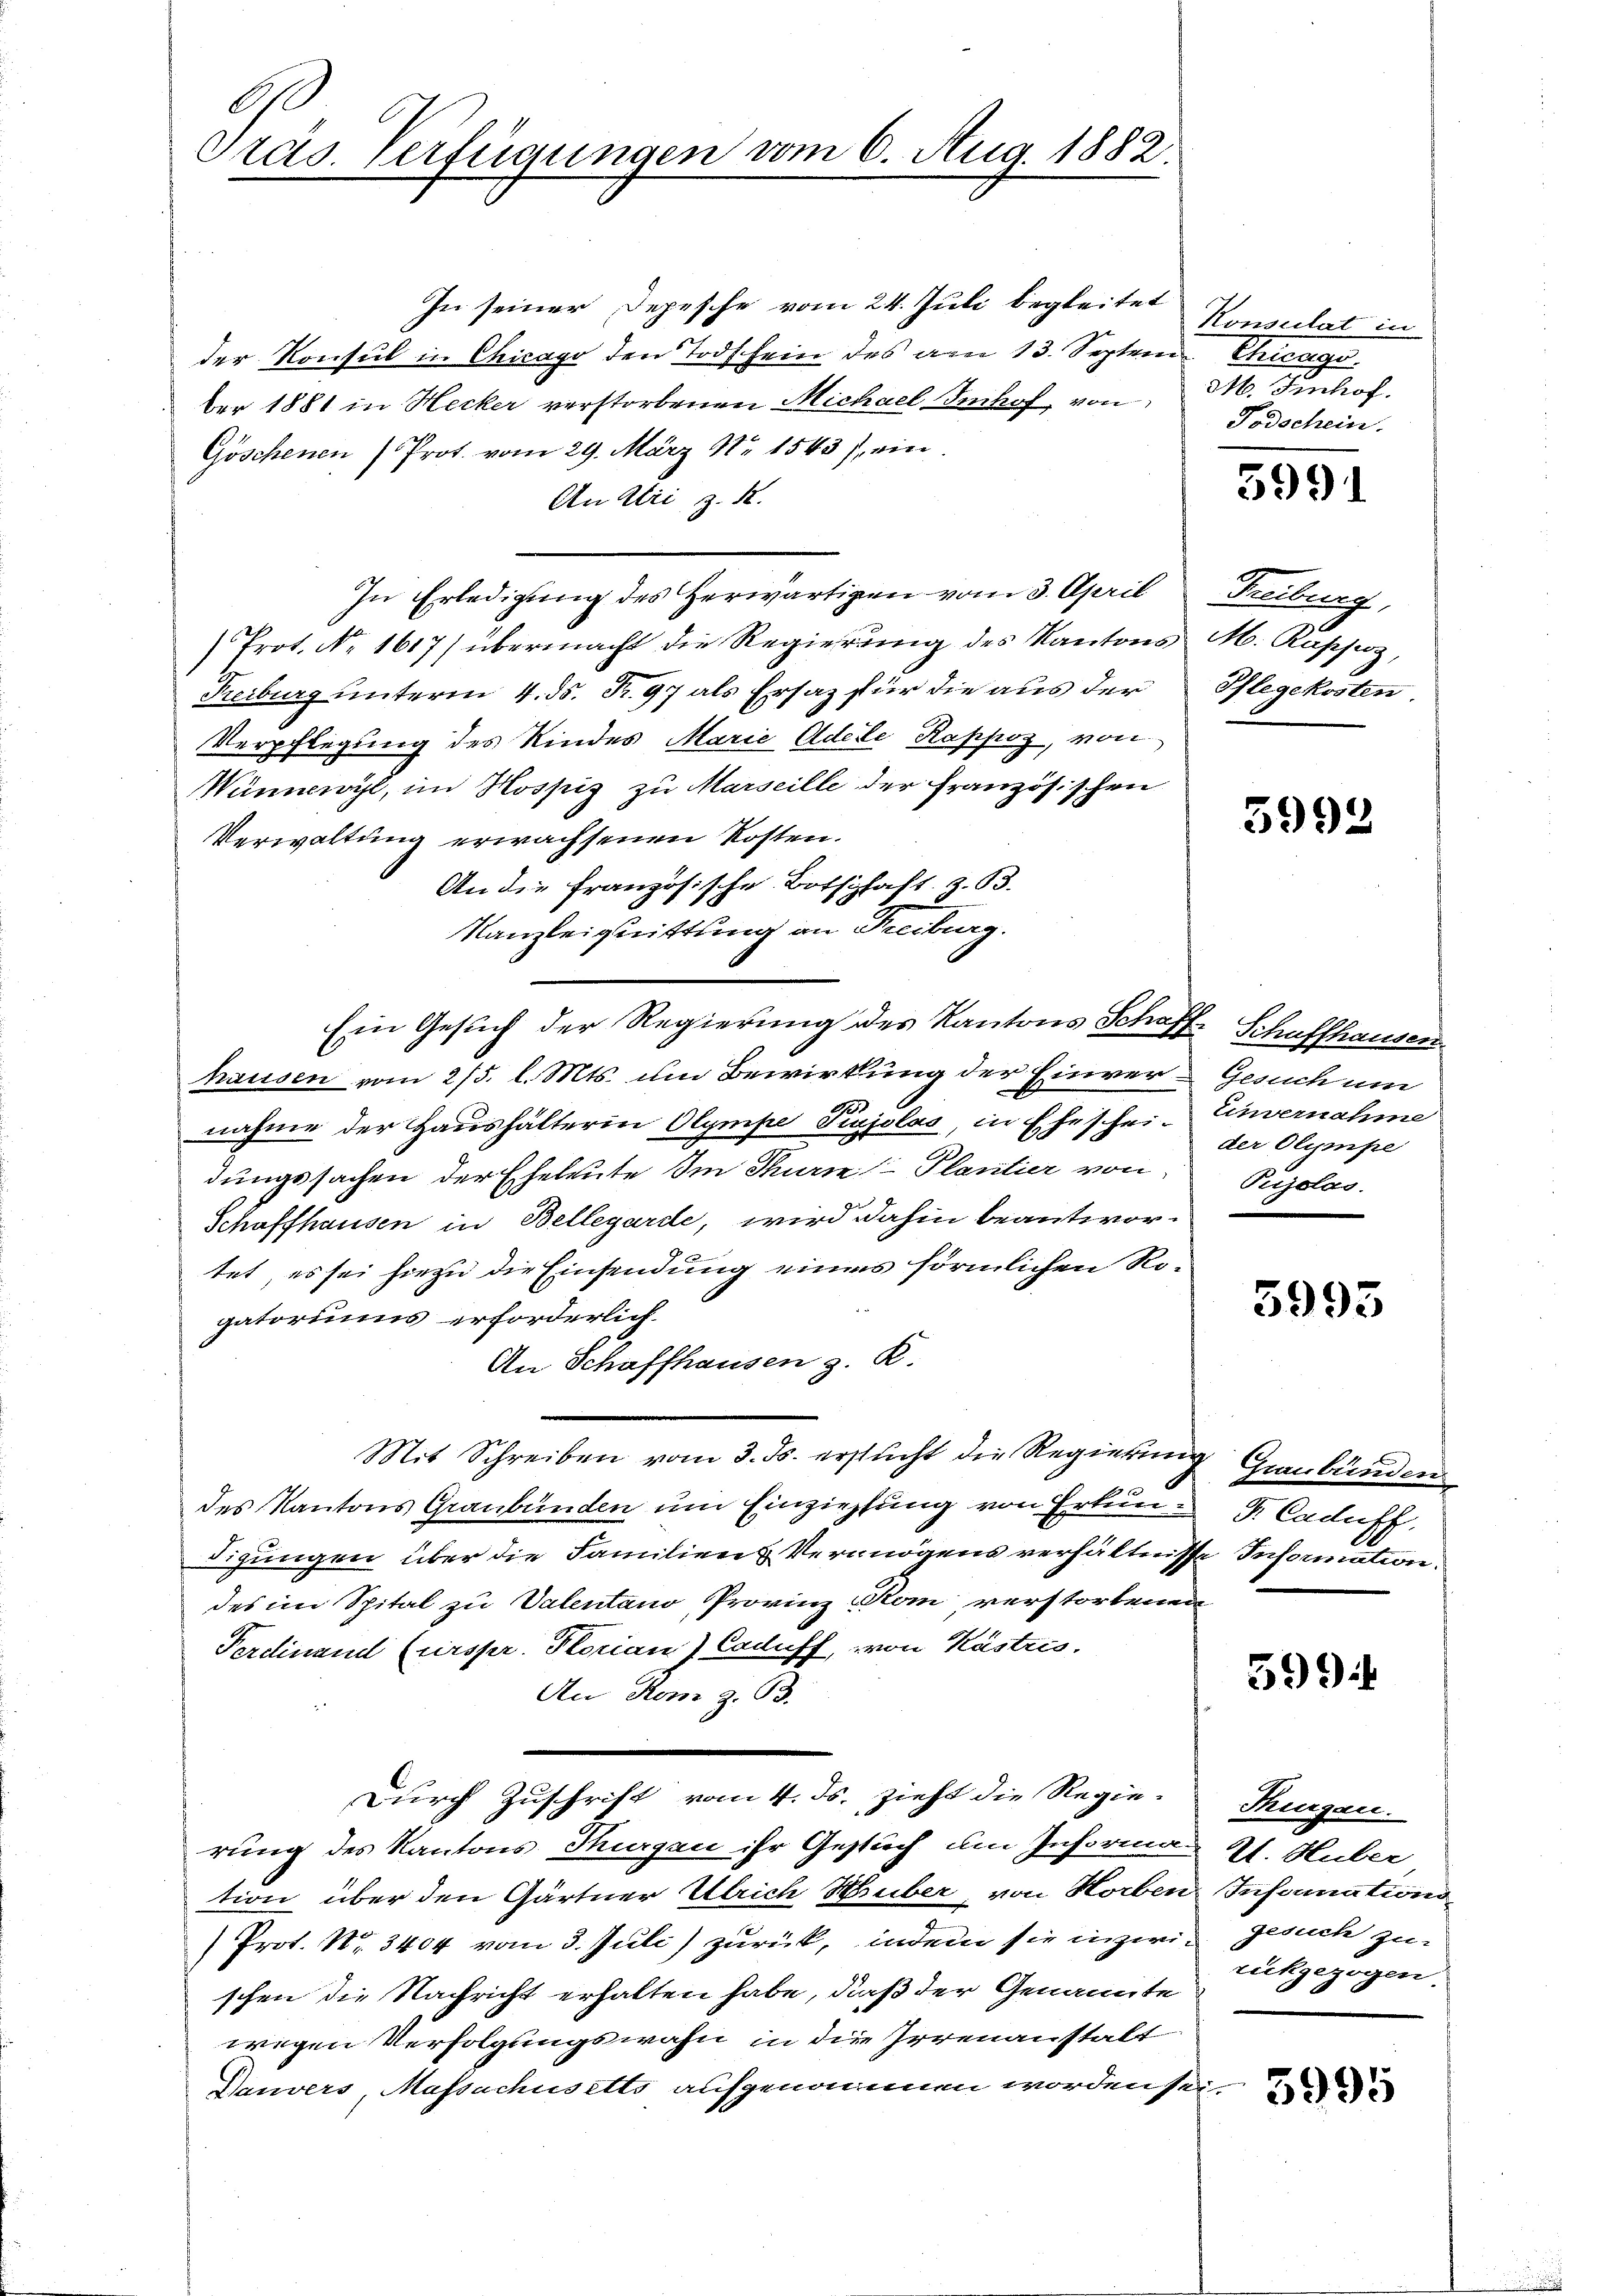
A.
Präs. Verfügungen vom 6. Aug. 1882.

In seiner Depesche vom 24. Juli begleitet
der Konsul in Chicago den Todschein des am 13. Septem
ber 1881 in Hecker verstorbenen Michael Imhof, von
Göschenen Prot. vom 29. März Nr. 1543), ein
An Uri z. R.
In Erledigung des Herwärtigen vom 3. April Freiburg,
Prot. Nr. 1617) übermacht die Regierung des Kantons M. Rapsiz,
Reiburg unterm 4. ds. R. 97 als Ersaz für die aus der Pflegekosten
Verpflegung des Kindes Marie Adelle Kappoz, von
Wünnwyl, im Hospiz zu Marseille der französischen
Verwaltung erwachsenen Kosten.
An die Französische Botschaft z. B.
Kanzleiquittung an Freiburg.
Ein Gesuch der Regierung des Kantons Schaffe Schaffhausen
hausen vom 2/5. l. Mts. um Bewirkung der Einver-Gesuch um
nahme der Haushälterin Olympe Pinjolas, in Eheschei- Einvernahme
dungssachen der Eheleute Im Thurie Plantier von Prolos.
Schaffhausen in Bellegarde, wird dahin beantwortet, es sei hiezu die Einsendung eines förmlichen Rogatoriums erforderlich
An Schaffhausen z. R.
Mit Schreiben vom 3. ds. ersucht die Regierung Graubünden
des Kantons Graubünden um Einziehung von Erkun- F. Cadus.
digungen über die Familien Vermögens verhältnisse Information.
des im Spital zu Valentano Provinz Rom, verstorbenen
Ferdinand (urspr. Florian) Caduff, von Kästrés.
An Rom z. B.
Durch Zuschrift vom 4. ds. zieht die Regie-
rung des Kantons Thurgau ihr Gesuch am Informann Hs. Huber
tion über den Gärtner Ulrich Huber, von Horben Infamations
Prot. Nr. 3404 vom 3. Juli) zurück, indem sie inzwi- Gesuch zu
schen die Nachricht erhalten habe, daß der Genannte
wegen Verfolgungswahn in die Irrenanstalt
Dauvers, Massachusetts aufgenommen worden sei,

Konsulat in
Chaage.
M. Einhof.
Todschein.

5991

3992

der Olympe

3993

599

Thurgau.
rückgezogen.

5995